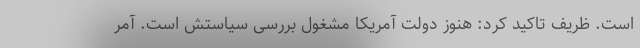
است. ظریف تاکید کرد: هنوز دولت آمریکا مشغول بررسی سیاستش است. آمر